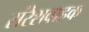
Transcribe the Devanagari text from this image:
संरेशवाहक